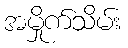
အမှိုက်သိမ်း